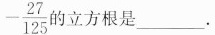
- \frac{27}{125} 的立方根是___。